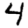
Digit: 4